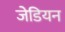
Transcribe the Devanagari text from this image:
जेडियन